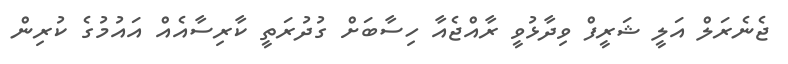
ޖެނެރަލް އަލީ ޝަރީފް ވިދާޅުވީ ރާއްޖެއާ ހިސާބަށް ގުދުރަތީ ކާރިސާއެއް އައުމުގެ ކުރިން